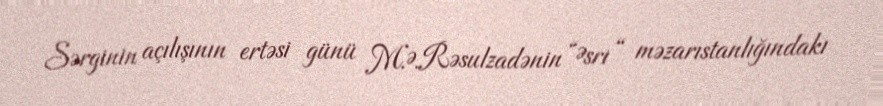
Sərginin açılışının ertəsi günü M.Ə.Rəsulzadənin “Əsri “ məzarıstanlığındakı